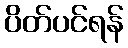
ပိတ်ပင်ရန်